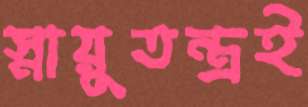
স্নায়ুতন্ত্রই